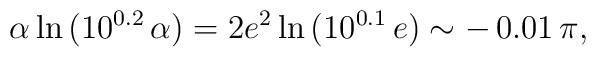
\alpha\ln{(10^{0.2}\,\alpha)} = 2 e^2\ln{(10^{0.1}\,e)}  \sim -\,0.01\,\pi,